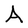
Character: A